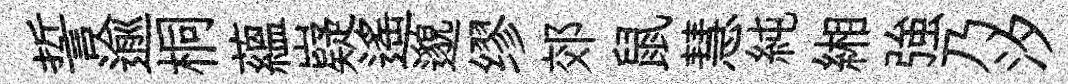
誓逾桐蘊嶷遙邈缪郊鼠慧純緗強乃汐